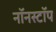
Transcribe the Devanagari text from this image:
नॉनस्‍टॉप